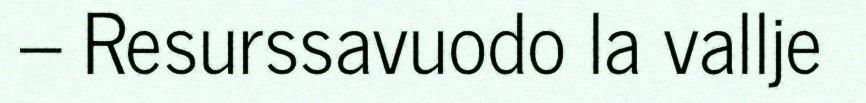
– Resurssavuodo la vallje